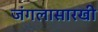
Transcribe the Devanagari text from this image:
जंगलासारखी